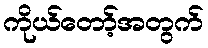
ကိုယ်တော့်အတွက်